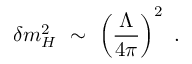
\delta m _ { H } ^ { 2 } ~ \sim ~ \left( { \frac { \Lambda } { 4 \pi } } \right) ^ { 2 } ~ .